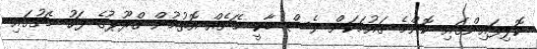
ކޮލިފައިންގައި ކޮންމެ ގައުމަކަށް ވެސް ބާކީ މެޗެއް އޮތުމުން ގްރޫޕުގެ ފަހު މެޗުގައި